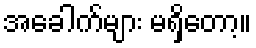
အခေါက်များ မရှိတော့။